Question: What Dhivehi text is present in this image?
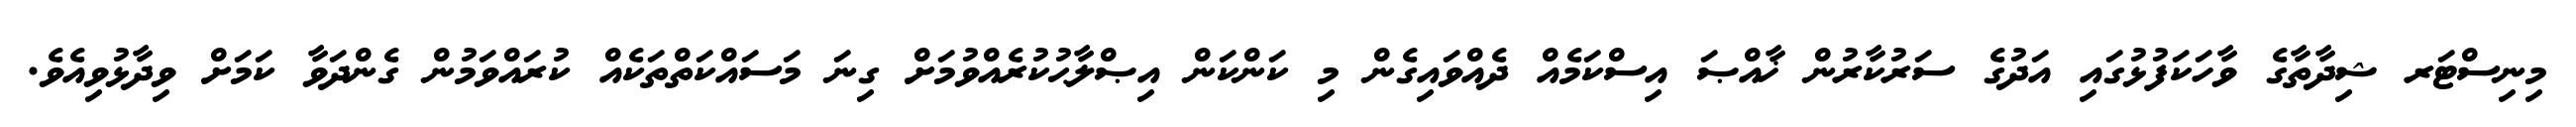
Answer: މިނިސްޓަރ ޝިދާތާގެ ވާހަކަފުޅުގައި އަދުގެ ސަރުކާރުން ޚާއްޞަ އިސްކަމެއް ދެއްވައިގެން މި ކަންކަން އިޞްލާޙުކުރެއްވުމަށް ގިނަ މަސައްކަތްތަކެއް ކުރައްވަމުން ގެންދަވާ ކަމަށް ވިދާޅުވިއެވެ.